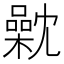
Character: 𣜣